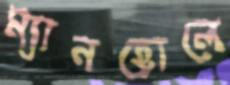
ম্যানহোলে